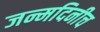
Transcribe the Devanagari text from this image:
जन्मदिनीच